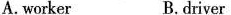
A.worker B.Driver